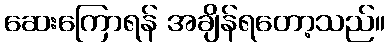
ဆေးကြောရန် အချိန်ရတော့သည်။